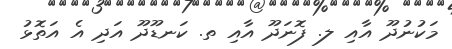
މަކުނުދޫ އާއި ލ. ފޮނަދޫ އާއި ތ. ކަނޑޫދޫ އަދި އެ އަތޮޅު